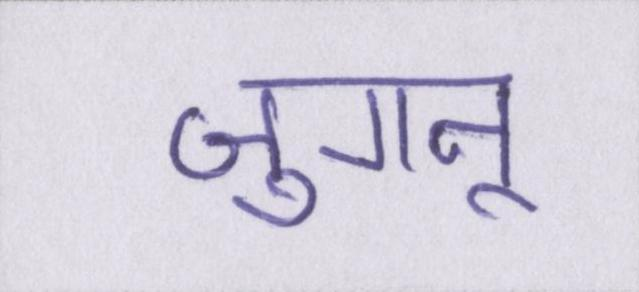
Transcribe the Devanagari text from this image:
जुगनू